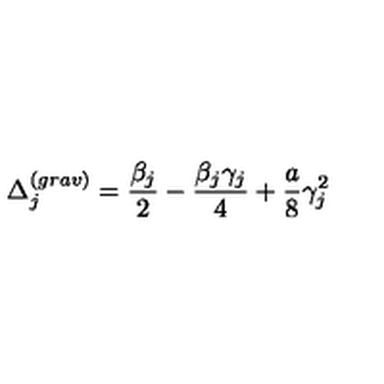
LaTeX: \Delta _ { j } ^ { ( g r a v ) } = \frac { \beta _ { j } } { 2 } - \frac { \beta _ { j } \gamma _ { j } } { 4 } + \frac { a } { 8 } \gamma _ { j } ^ { 2 }